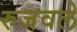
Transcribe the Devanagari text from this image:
रुजवले